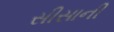
સીસાની